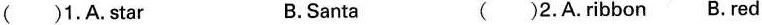
( )1.A.star B.Santa ( )2.A.ribbon B.red